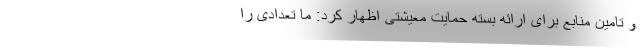
و تامین منابع برای ارائه بسته حمایت معیشتی اظهار کرد: ما تعدادی را